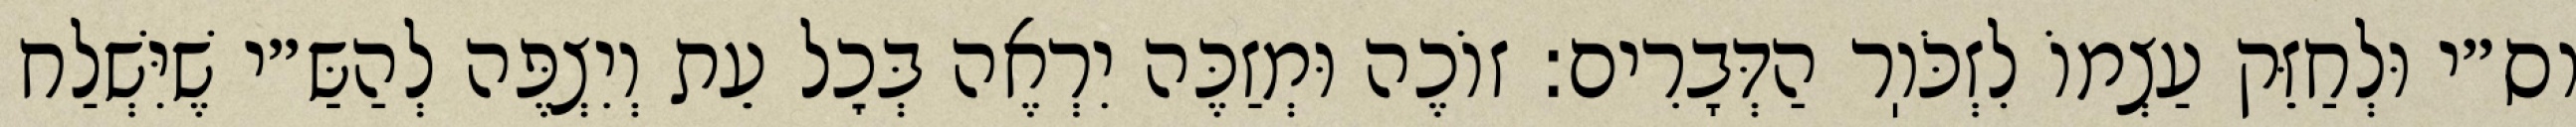
וס״י וּלְחַזֵּק עַצְמוֹ לִזְכֹּוֽר הַדְּבָרִים: זוֹכֶה וּמְזַכֶּה יִרְאֶה בְּכׇל עֵת וְיִצְפֶּה לְהַשַּ״י שֶׁיִּשְׁלַח